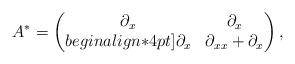
LaTeX: \begin{align*}A^*=\begin{pmatrix}\partial_x&\partial_x\\begin{align*}4pt]\partial_x&\partial_{xx}+\partial_x\end{pmatrix},\end{align*}